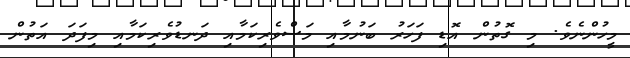
މީހުންނެވެ. މި ގޮތުން އޮޑި ފަހަރު ބަނުމާއި މަސްވެރިކަމާއި ދަނޑުވެރިކަމާއި މިފަދަ އަތުން